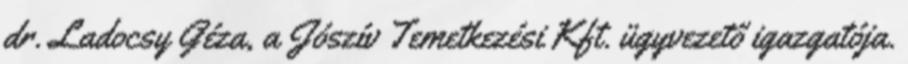
dr. Ladocsy Géza, a Jószív Temetkezési Kft. ügyvezető igazgatója.